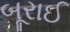
બૂરાઈ